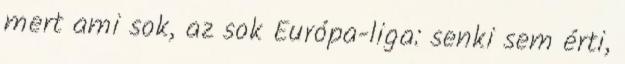
mert ami sok, az sok Európa-liga: senki sem érti,